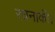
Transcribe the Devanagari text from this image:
रचनाकी।